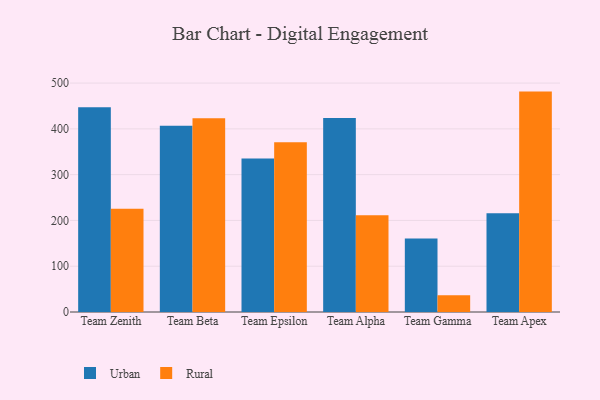
{"axis": {"x": "Team", "y": "Shipments"}, "legend": ["Rural", "Urban"], "data": [{"x": "Team Zenith", "y": 447.1, "type": "Urban"}, {"x": "Team Zenith", "y": 225.7, "type": "Rural"}, {"x": "Team Beta", "y": 407.0, "type": "Urban"}, {"x": "Team Beta", "y": 423.0, "type": "Rural"}, {"x": "Team Epsilon", "y": 335.2, "type": "Urban"}, {"x": "Team Epsilon", "y": 370.9, "type": "Rural"}, {"x": "Team Alpha", "y": 423.8, "type": "Urban"}, {"x": "Team Alpha", "y": 211.5, "type": "Rural"}, {"x": "Team Gamma", "y": 160.4, "type": "Urban"}, {"x": "Team Gamma", "y": 36.4, "type": "Rural"}, {"x": "Team Apex", "y": 215.7, "type": "Urban"}, {"x": "Team Apex", "y": 481.4, "type": "Rural"}]}